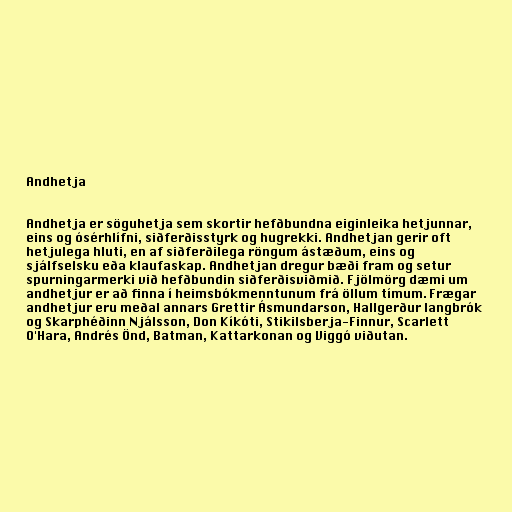
Andhetja

Andhetja er söguhetja sem skortir hefðbundna eiginleika hetjunnar,
eins og ósérhlífni, siðferðisstyrk og hugrekki. Andhetjan gerir oft
hetjulega hluti, en af siðferðilega röngum ástæðum, eins og
sjálfselsku eða klaufaskap. Andhetjan dregur bæði fram og setur
spurningarmerki við hefðbundin siðferðisviðmið. Fjölmörg dæmi um
andhetjur er að finna í heimsbókmenntunum frá öllum tímum. Frægar
andhetjur eru meðal annars Grettir Ásmundarson, Hallgerður langbrók
og Skarphéðinn Njálsson, Don Kíkóti, Stikilsberja-Finnur, Scarlett
O'Hara, Andrés Önd, Batman, Kattarkonan og Viggó viðutan.